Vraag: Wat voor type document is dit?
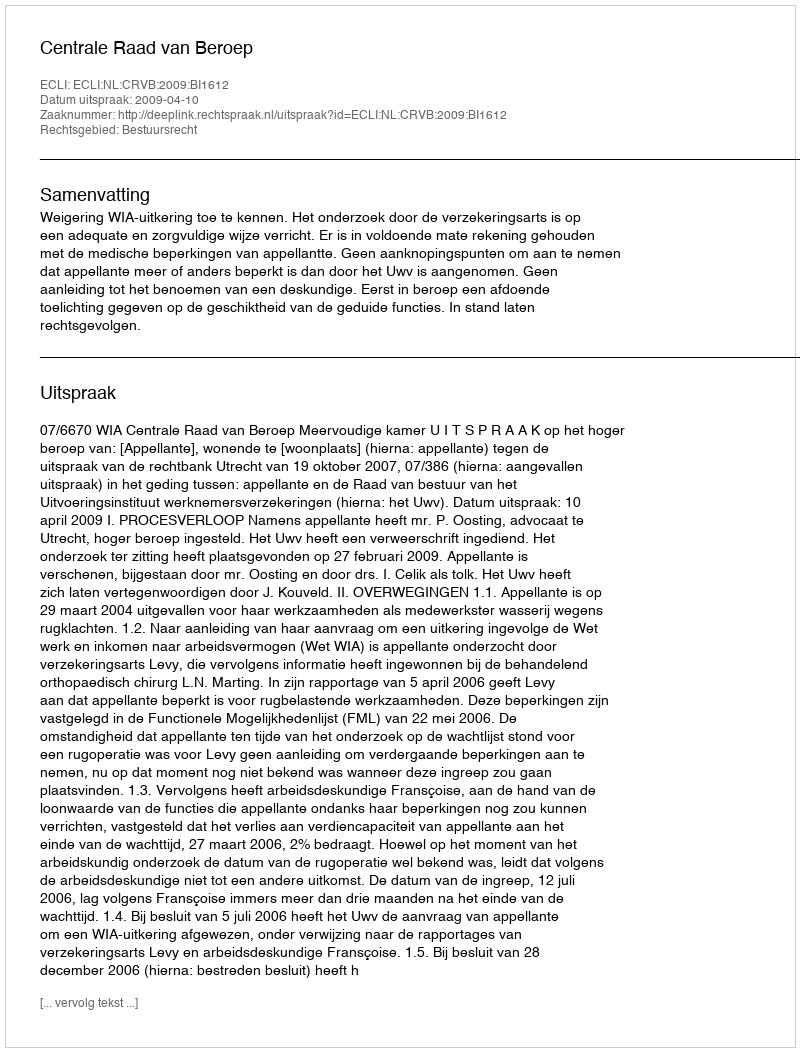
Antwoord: Uitspraak